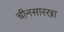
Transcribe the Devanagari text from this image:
चीनसारखा